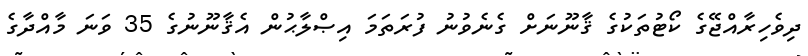
ދިވެހިރާއްޖޭގެ ކޯޓުތަކުގެ ޤާނޫނަށް ގެނެވުނު ފުރަތަމަ އިޞްލާޙުން އެޤާނޫނުގެ 35 ވަނަ މާއްދާގެ